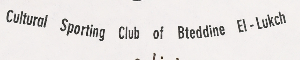
Cultural Sporting Club of Bteddine El-Lukch